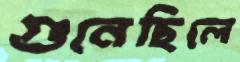
গুনেছিলে